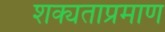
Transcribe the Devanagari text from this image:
शक्यताप्रमाण